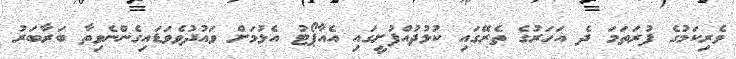
ވެރިކަމުގެ ފުރަތަމަ ދެ އަހަރުގެ ތެރޭގައި ކުޅުދުއްފުށީގައި އެއާޕޯޓު އެޅުމަށް ވައުދުވެވަޑައިގެންނެވިތާ ބަރާބަރު